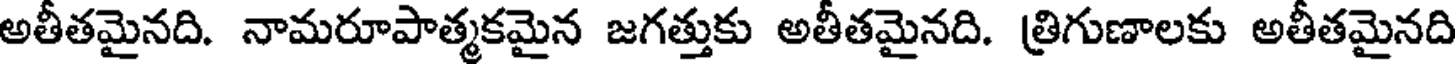
అతీతమైనది. నామరూపాత్మకమైన జగత్తుకు అతీతమైనది. త్రిగుణాలకు అతీతమైనది